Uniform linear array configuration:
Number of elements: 4
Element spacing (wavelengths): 1
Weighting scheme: kaiser
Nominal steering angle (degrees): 60
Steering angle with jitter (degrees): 60.224
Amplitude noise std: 0.05
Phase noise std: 0.05

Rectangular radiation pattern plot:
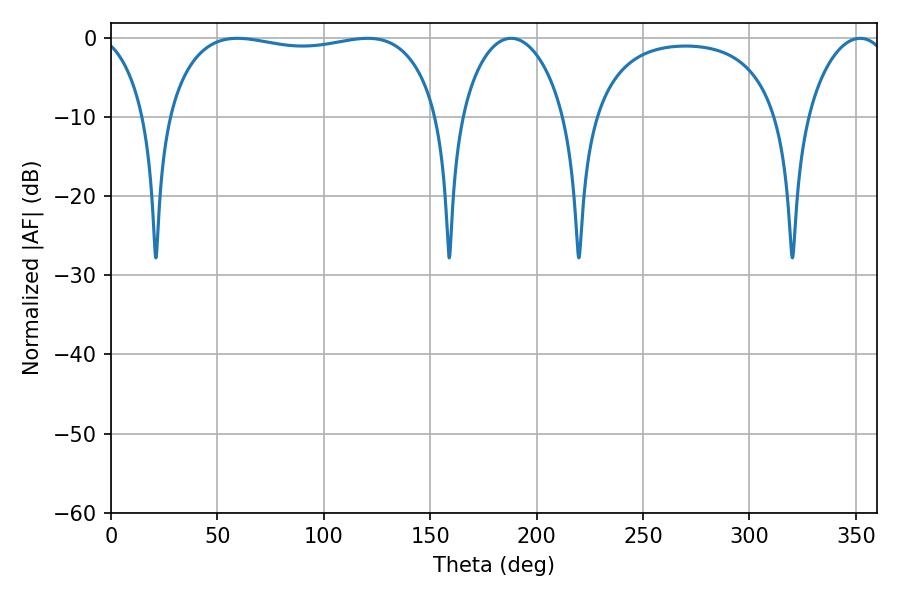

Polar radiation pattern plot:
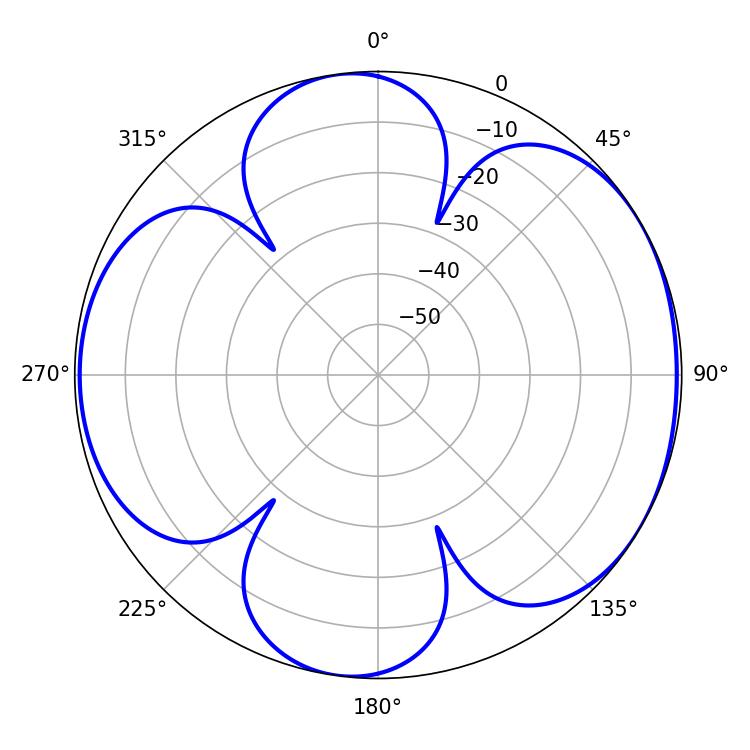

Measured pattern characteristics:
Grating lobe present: TRUE
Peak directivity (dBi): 5.765
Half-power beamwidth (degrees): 102.96
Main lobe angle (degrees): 59.4